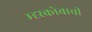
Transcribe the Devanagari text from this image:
म्ह्स्कोबाची